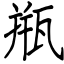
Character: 甁